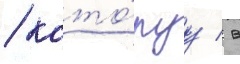
/ кото́руу / в